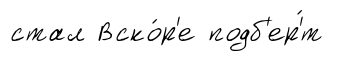
стал Вско́р'е подб'ер'́т